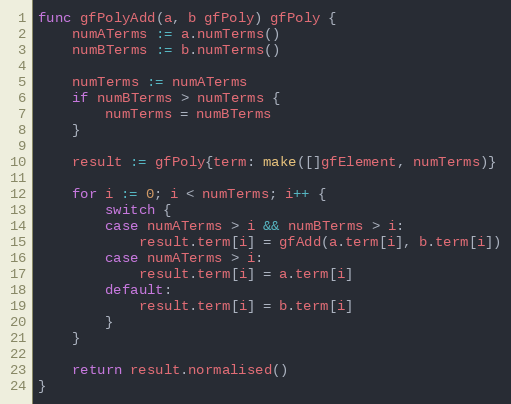
Language: Go
func gfPolyAdd(a, b gfPoly) gfPoly {
	numATerms := a.numTerms()
	numBTerms := b.numTerms()

	numTerms := numATerms
	if numBTerms > numTerms {
		numTerms = numBTerms
	}

	result := gfPoly{term: make([]gfElement, numTerms)}

	for i := 0; i < numTerms; i++ {
		switch {
		case numATerms > i && numBTerms > i:
			result.term[i] = gfAdd(a.term[i], b.term[i])
		case numATerms > i:
			result.term[i] = a.term[i]
		default:
			result.term[i] = b.term[i]
		}
	}

	return result.normalised()
}